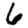
Digit: 6